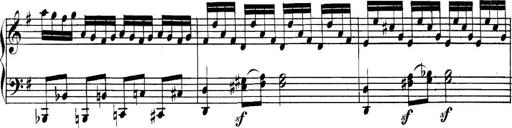
Title: Collected Piano Sonatas
Composer: Muzio Clementi